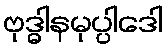
ဗုဒ္ဓါနမုပ္ပါဒေါ